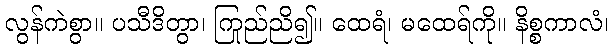
လွန်ကဲစွာ။ ပသီဒိတွာ၊ ကြည်ညို၍။ ထေရံ၊ မထေရ်ကို။ နိစ္စကာလံ၊